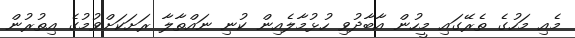
މެއި މަހުގެ ތެރޭގައި މީހުން އާބާދުވި ހުޅުމާލެއިން ކުނި ނައްތާލާ ރަށަކަށްވުމުގެ އިތުރުން